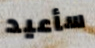
سأعيد